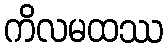
ကိလမထဿ